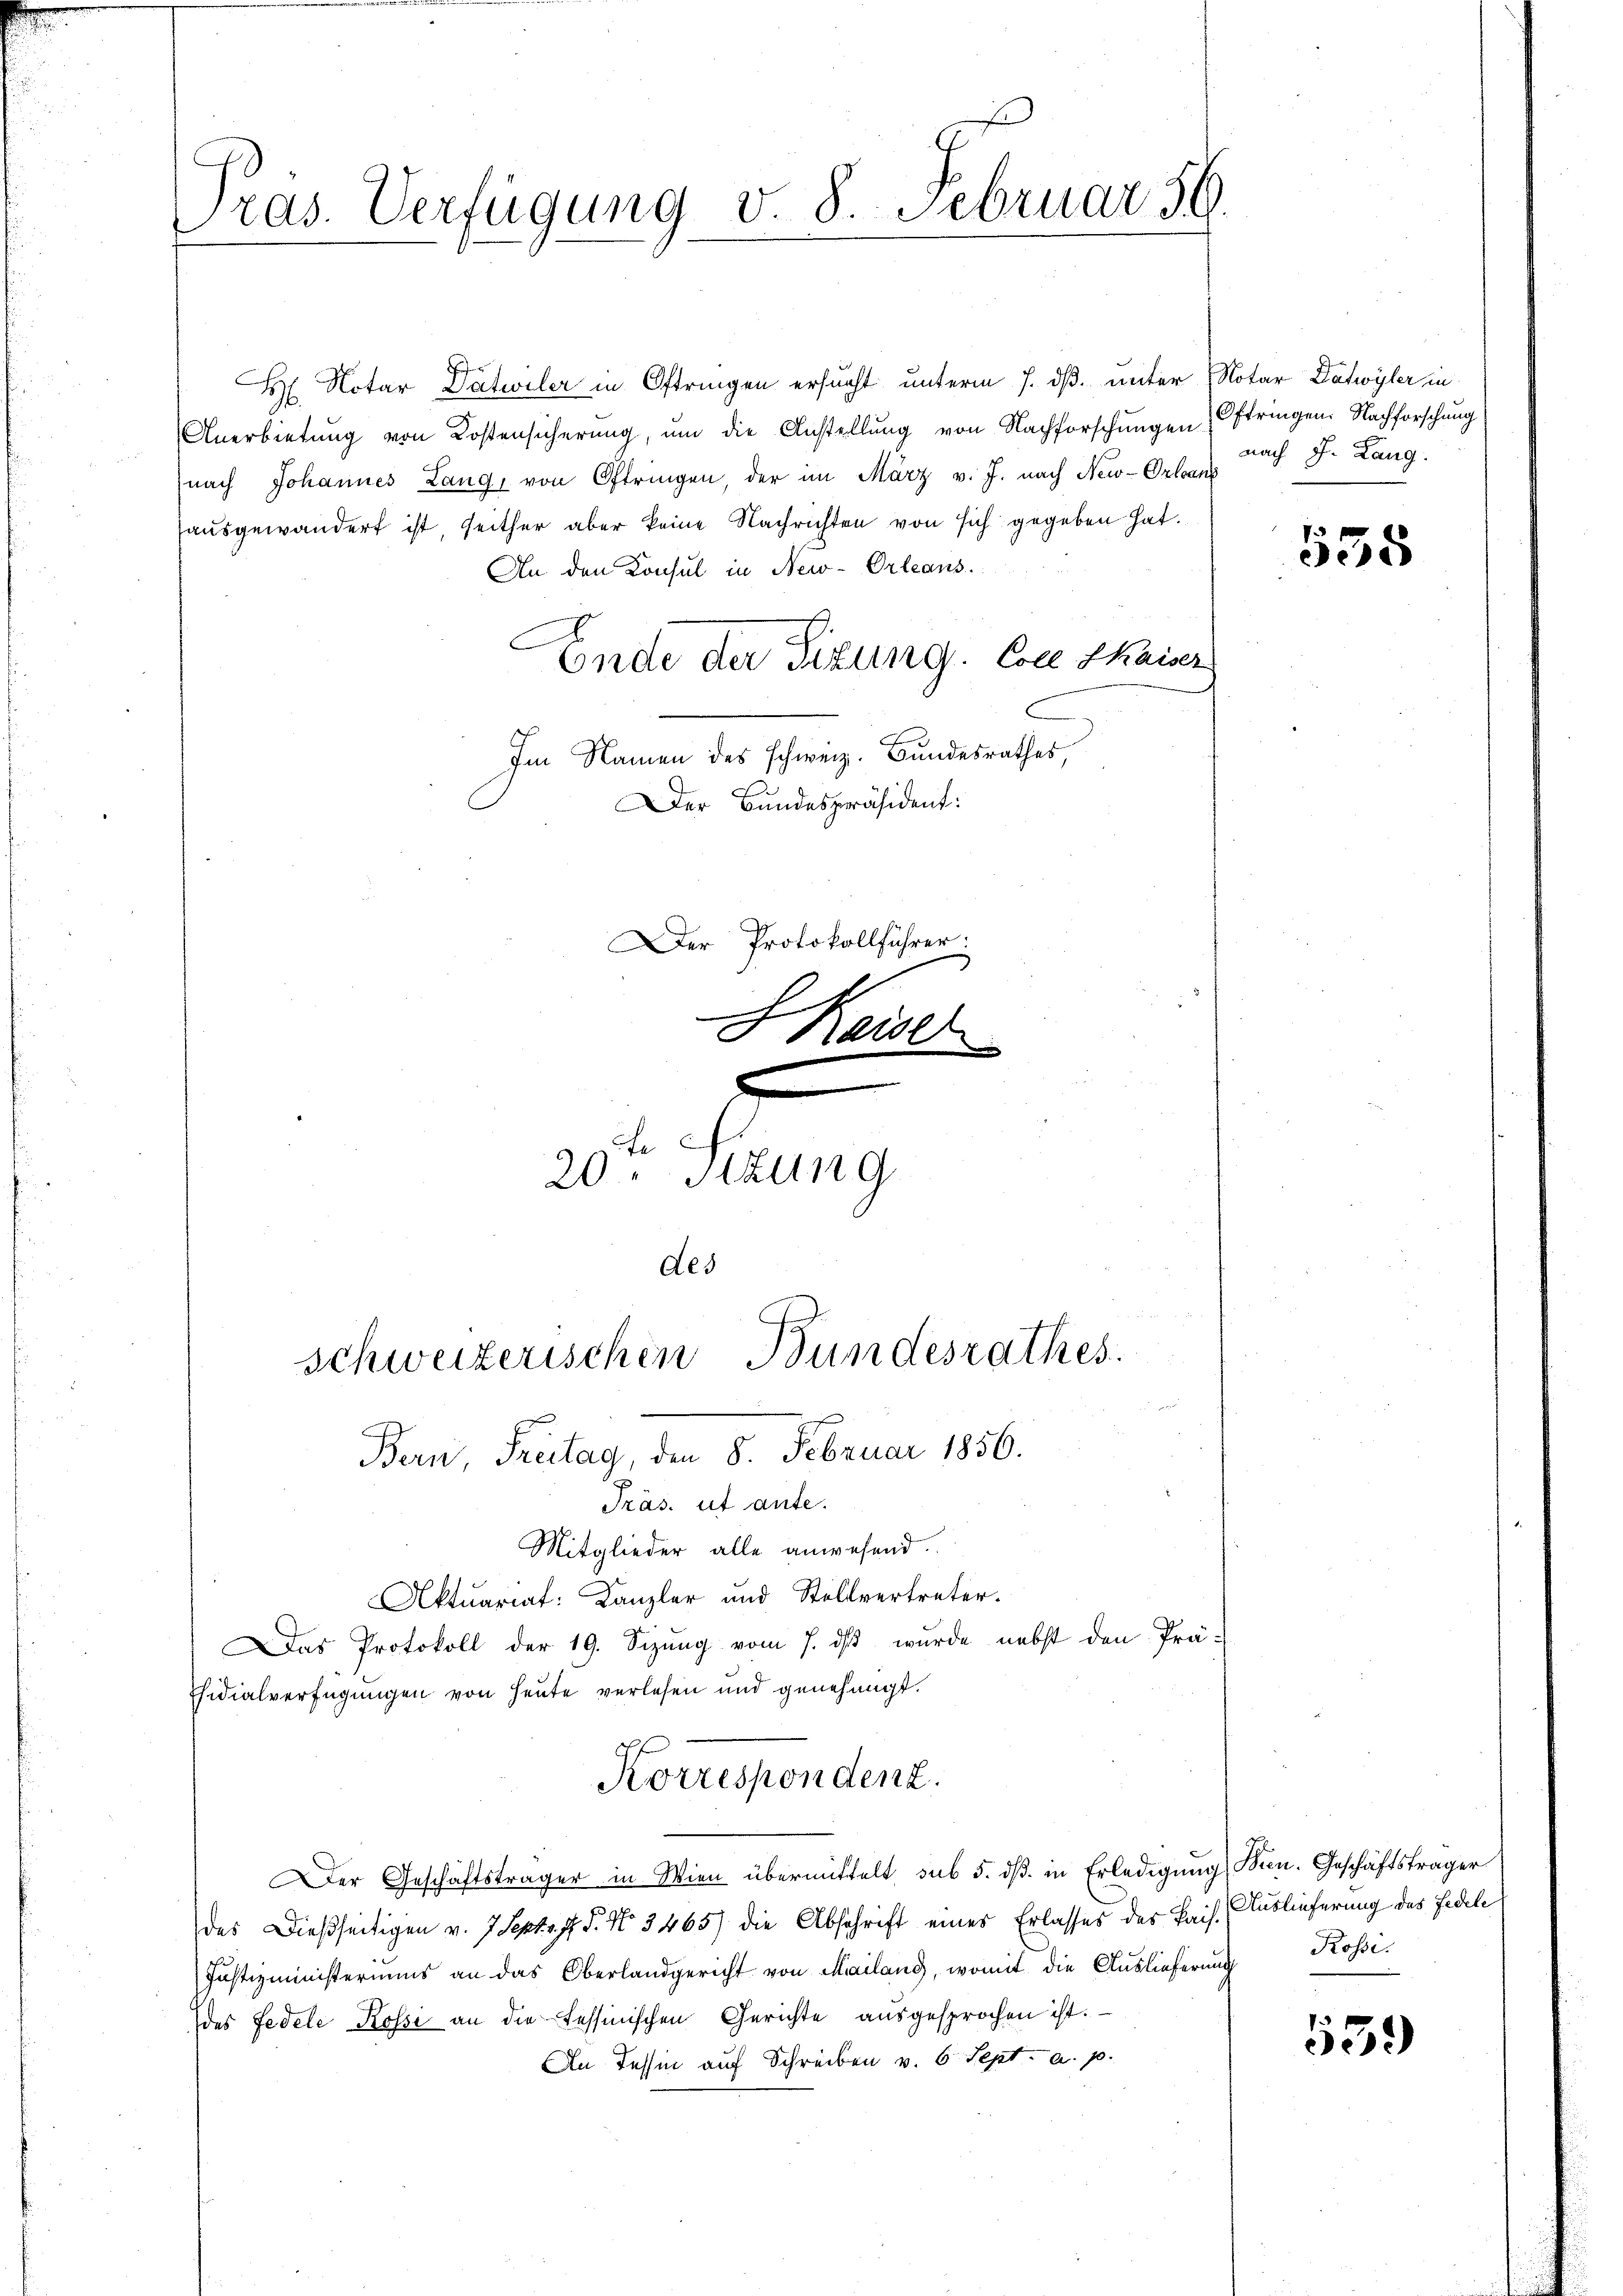
ras. Verfügung v. 8. Februar 59.

H Notar Datwiler in Oftringen ersucht unterm 7. dß. unter Notar Datwyler in
Anerbietung von Kostensicherung, um die Anstellung von Nachforschungen Oftringen. Nachforschung
nach Johannes Lang, von Oftringen, der im März v. J. nach New-Orleans
ausgewandert ist, seither aber keine Nachrichten von sich gegeben hat.
An den Konsul in New-Orleans
C
Ende der Sizung. Colle kaiser
Im Namen des schweiz. Bundesrathes,
Der Bundespräsident:

Der Protokollführer.
x
o Kaiser

e
20. Stzung
des
schweizerischen Bundesrathes.
Bern, Freitag, den 8. Februar 1856.
Präs. ut ante.
Mitglieder alle anwesend.

Korrespondenz.

Aktuariat: Kanzler und Stellvertreter.
Das Protokoll der 19. Sizŭng vom 7. dβ wŭrde nebst den Prä-
Esidialverfügungen von Heute verlesen und genehmigt.
Der Geschäftsträger in Wien übermittelt sub 5. ds. in Erledigung Bern. Geschäftsträger
des Dießseitigen v. 7 Sept. J. P. No 3465) die Abschrift eines Erlasses des Pais. Auslieferung des Fedele
Justizministeriums an das Oberlandgericht von Mailand, womit die Auslieferung Kossides Fedele Rossi an die Tessinischen Gerichte ausgesprochen ist.
An Tessin auf Schreiben v. 6 Sept. a. p.

nach J. Lang

558

539)